Medical and sanitary report of the native army of Bengal for the year
Year: 1875
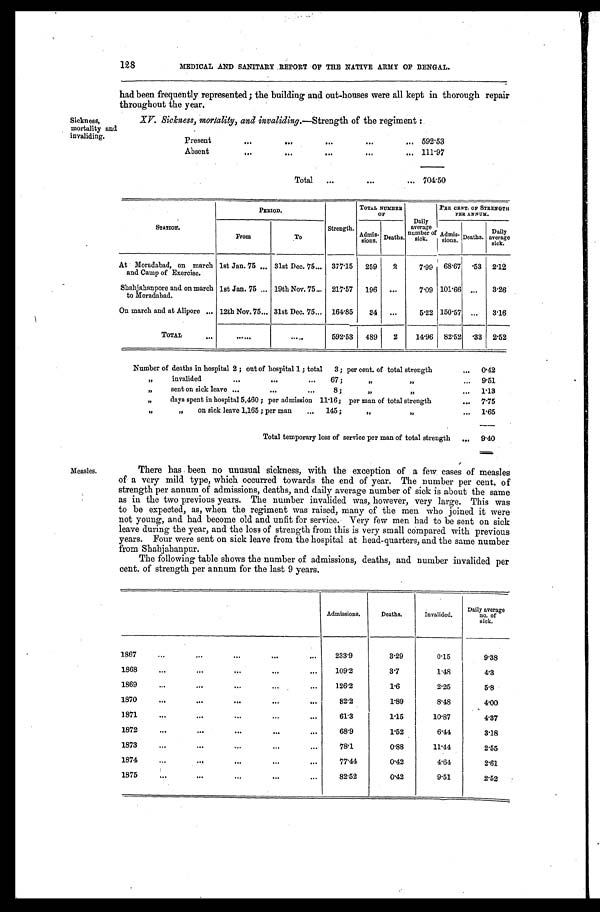
128
MEDICAL AND SANITARY REPORT OF THE NATIVE ARMY OF BENGAL.
had been frequently represented; the building and out-houses were all kept in thorough repair
throughout the year.
Sickness,
mortality and
invaliding.
XV. Sickness, mortality, and invaliding .—Strength of the regiment :
Present . . . 592.53
Absent
.
.
. 111.97
Total . . . 704.50
Measles.
STATION.
PERIOD.
Strength.
T O T A L N U M B E R
OF
Daily
average
number of
SICK..
pER CENT. OF STRENGTH PER ANNUM.
From
To
Admis-
sions.
Deaths.
Admis-
sions. Deaths.
Daily
average
sick.
At Moradabad, on march
and Camp of Exercise.
1st Jan. 75 . . . 31st Dec. 75 . . . 377.15
259
2
7.99
68.67
.53 2.12
Shahjahanpore and on march
to Moradabad.
1st Jan. 75 . . . 19th Nov. 75 . . . 217.57
196
. . .
7.09 101.66
. . .
3.26
On march and at Alipore . . . 12th Nov. 75 . . . 31st Dec. 75 . . . 164.85
34
. . .
5.22 150.57
. . .
3.16
TOTAL . . .
. . .
. . .
5 9 2 . 5 3 489
2
14.96 82.52
.
33 2.52
Number of deaths in hospital 2; out of hospital 1; total 3; per cent. of total strength . . .
0.42
" invalided . . . 67; " " . . .
9.51
" sent on sick leave . . . 8; " " . . .
1.13
"
days spent in hospital 5,460; per admission 11.16; per man of total strength . . .
7.75
" "
on sick leave 1,165; per man . . .
145; " " . . .
1.65
Total temporary loss of service per man of total strength . . .
9.40
There has been no unusual sickness, with the exception of a few cases of measles
of a very mild type, which occurred towards the end of year. The number per cent. of
strength per annum of admissions, deaths, and daily average number of sick is about the same
as in the two previous years. The number invalided was, however, very large. This was
to be expected, as, when the regiment was raised, many of the men who joined it were
not young, and had become old and unfit for service. Very few men had to be sent on sick
leave during the year, and the loss of strength from this is very small compared with previous
years. Four were sent on sick leave from the hospital at head-quarters, and the same number
from Shahjahanpur.
The following table shows the number of admissions, deaths, and number invalided per
cent. of strength per annum for the last 9 years.
Admissions.
Deaths.
Invalided.
Daily average
no. of
sick.
1867
.
.
.
233.9
3.29
0.15
9.38
1868
.
.
.
109.2
3.7
1.48
4.3
1869
.
.
.
126.2
1.6
2.25
5.8
1870...
82.2
1.89
8.48
4.00
1871
.
.
.
61.3
1.15
10.87
4.37
1872 . . .
...
68.9
1.52
6.44
3.18
1 8 7 3 . . .
78.1
0.88
11.44
2.55
1874 . . .
77.44
0.42
4.64
2.61
1875
.
.
.
82.52
0.42
9.51
2.52